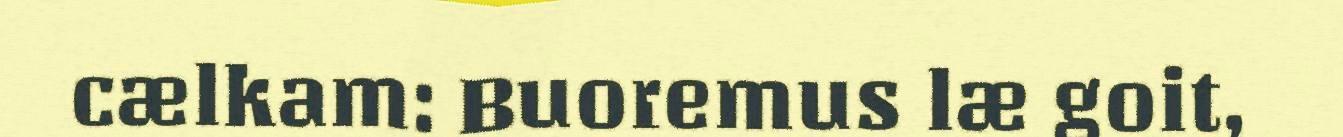
cælkam: Buoremus læ goit,